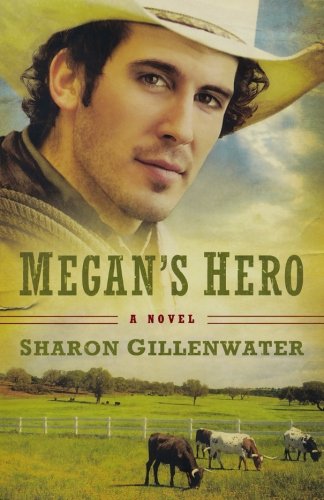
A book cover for Megan's Hero: A Novel (The Callahans of Texas); Sharon Gillenwater; Christian Books & Bibles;